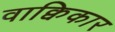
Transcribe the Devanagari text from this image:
वाक्विकार